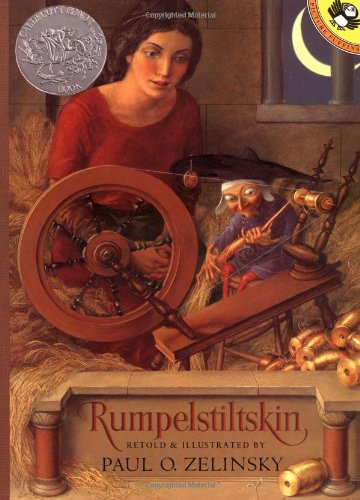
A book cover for Rumpelstiltskin; Grimm; Children's Books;